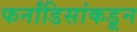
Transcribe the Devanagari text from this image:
फर्नांडिसांकडून